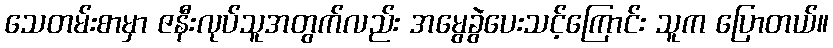
သေတမ်းစာမှာ ဇနီးလုပ်သူအတွက်လည်း အမွေခွဲပေးသင့်ကြောင်း သူက ပြောတယ်။